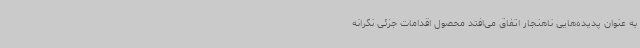
به عنوان پدیده‌هایی ناهنجار اتفاق می‌افتد محصول اقدامات جزئی نگرانه